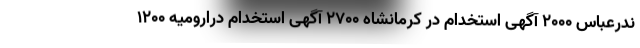
ندرعباس 2000 آگهی استخدام در کرمانشاه 2700 آگهی استخدام درارومیه 1200